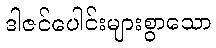
ဒါဇင်ပေါင်းများစွာသော